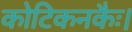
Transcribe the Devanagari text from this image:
कोटिकनकैः।